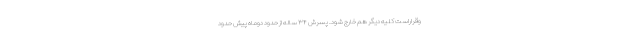
وقراراست کلیه دیگر هم خارج شود. پسرش ۳۴ ساله از حدود دوماه پیش حدود